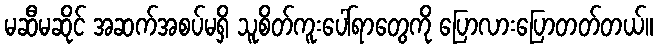
မဆီမဆိုင် အဆက်အစပ်မရှိ သူစိတ်ကူးပေါ်ရာတွေကို ပြောလားပြောတတ်တယ်။